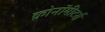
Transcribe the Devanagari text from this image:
क्रोनॉमीटर्स